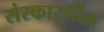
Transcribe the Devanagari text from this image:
संस्कारशील